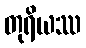
တုရိယဿ